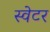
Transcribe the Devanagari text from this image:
स्‍वेटर